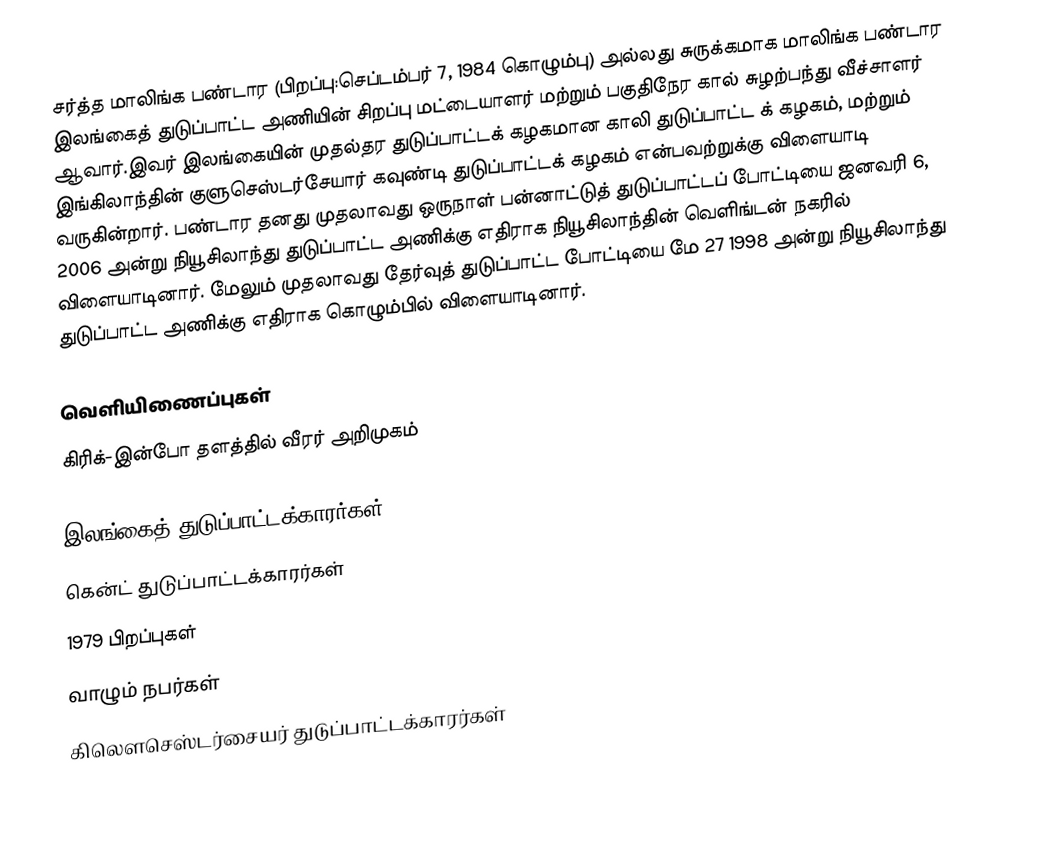
சர்த்த மாலிங்க பண்டார (பிறப்பு:செப்டம்பர் 7, 1984 கொழும்பு) அல்லது சுருக்கமாக மாலிங்க பண்டார இலங்கைத் துடுப்பாட்ட அணியின் சிறப்பு மட்டையாளர் மற்றும் பகுதிநேர கால் சுழற்பந்து வீச்சாளர் ஆவார்.இவர் இலங்கையின் முதல்தர துடுப்பாட்டக் கழகமான காலி துடுப்பாட்ட க் கழகம், மற்றும் இங்கிலாந்தின் குளுசெஸ்டர்சேயார் கவுண்டி துடுப்பாட்டக் கழகம் என்பவற்றுக்கு விளையாடி வருகின்றார். பண்டார தனது முதலாவது ஒருநாள் பன்னாட்டுத் துடுப்பாட்டப் போட்டியை ஜனவரி 6, 2006 அன்று நியூசிலாந்து துடுப்பாட்ட அணிக்கு எதிராக நியூசிலாந்தின் வெளிங்டன் நகரில் விளையாடினார். மேலும் முதலாவது தேர்வுத் துடுப்பாட்ட போட்டியை மே 27 1998 அன்று நியூசிலாந்து துடுப்பாட்ட அணிக்கு எதிராக கொழும்பில் விளையாடினார்.

வெளியிணைப்புகள்
 கிரிக்-இன்போ தளத்தில் வீரர் அறிமுகம்

இலங்கைத் துடுப்பாட்டக்காரர்கள்
கென்ட் துடுப்பாட்டக்காரர்கள்
1979 பிறப்புகள்
வாழும் நபர்கள்
கிலெளசெஸ்டர்சையர் துடுப்பாட்டக்காரர்கள்